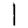
Digit: 1